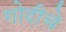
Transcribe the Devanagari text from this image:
गोदीचे